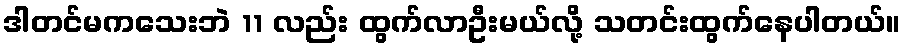
ဒါတင်မကသေးဘဲ 11 လည်း ထွက်လာဦးမယ်လို့ သတင်းထွက်နေပါတယ်။